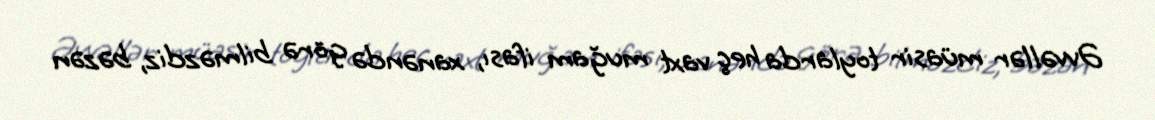
Əvvəllər müasir toylarda heç vaxt muğam ifası, xanəndə görə bilməzdiz, bəzən